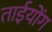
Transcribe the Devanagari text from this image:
ताईयोंग